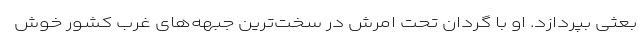
بعثی بپردازد. او با گردان تحت امرش در سخت‌ترین جبهه‌های غرب کشور خوش